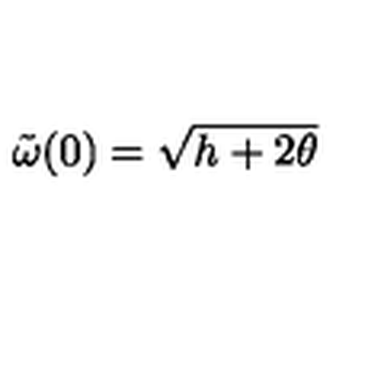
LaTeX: \: \tilde { \omega } ( 0 ) = \sqrt { h + 2 \theta } \: